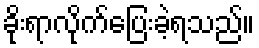
ခိုးရာလိုက်ပြေးခဲ့ရသည်။